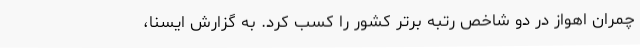
چمران اهواز در دو شاخص رتبه برتر کشور را کسب کرد. به گزارش ایسنا،